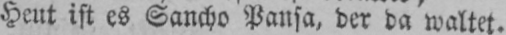
Heut ist es Sancho Pansa, der da waltet.